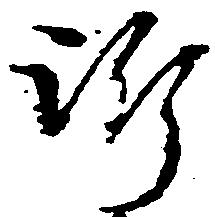
訴